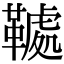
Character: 𩌲